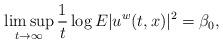
LaTeX: \begin{align*}\limsup_{t\to \infty}\frac1t \log E|u^{w}(t,x)|^2=\beta_0,\end{align*}